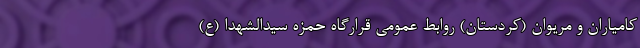
کامیاران و مریوان (کردستان) روابط عمومی قرارگاه حمزه سیدالشهدا (ع)